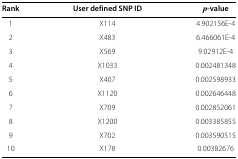
<table><thead><tr><td><b>Rank</b></td><td><b>User defined SNP ID</b></td><td><b><i>p</i>‐value</b></td></tr></thead><tbody><tr><td>1</td><td>X114</td><td>4.902156E‐4</td></tr><tr><td>2</td><td>X483</td><td>6.466061E‐4</td></tr><tr><td>3</td><td>X569</td><td>9.02912E‐4</td></tr><tr><td>4</td><td>X1033</td><td>0.002481348</td></tr><tr><td>5</td><td>X407</td><td>0.002598933</td></tr><tr><td>6</td><td>X1120</td><td>0.002646448</td></tr><tr><td>7</td><td>X709</td><td>0.002852061</td></tr><tr><td>8</td><td>X1200</td><td>0.003385855</td></tr><tr><td>9</td><td>X702</td><td>0.003590515</td></tr><tr><td>10</td><td>X178</td><td>0.00382676</td></tr></tbody></table>